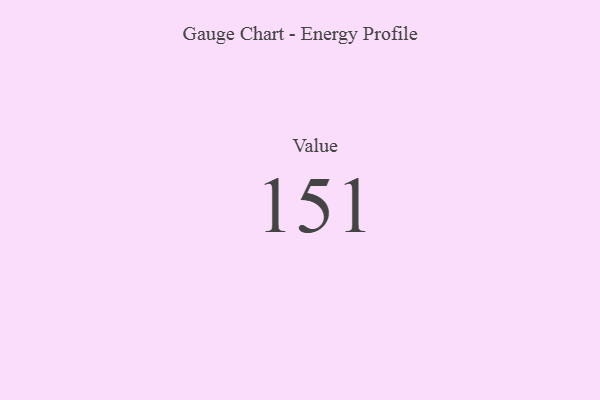
{"axis": {"x": "Metric", "y": "Value"}, "legend": [""], "data": [{"x": "Value", "y": 151, "type": ""}]}